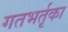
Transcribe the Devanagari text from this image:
गतभर्तृका